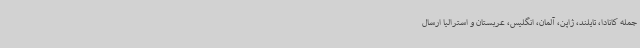
جمله کانادا، تایلند، ژاپن، آلمان، انگلیس، عربستان و استرالیا ارسال